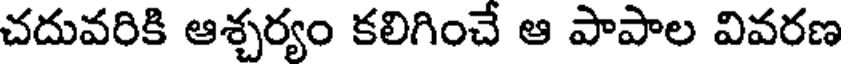
చదువరికి ఆశ్చర్యం కలిగించే ఆ పాపాల వివరణ